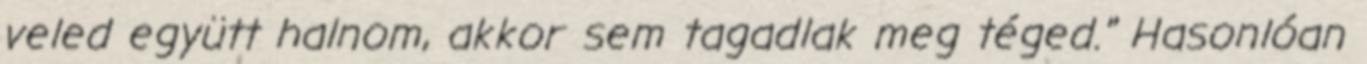
veled együtt halnom, akkor sem tagadlak meg téged.'' Hasonlóan